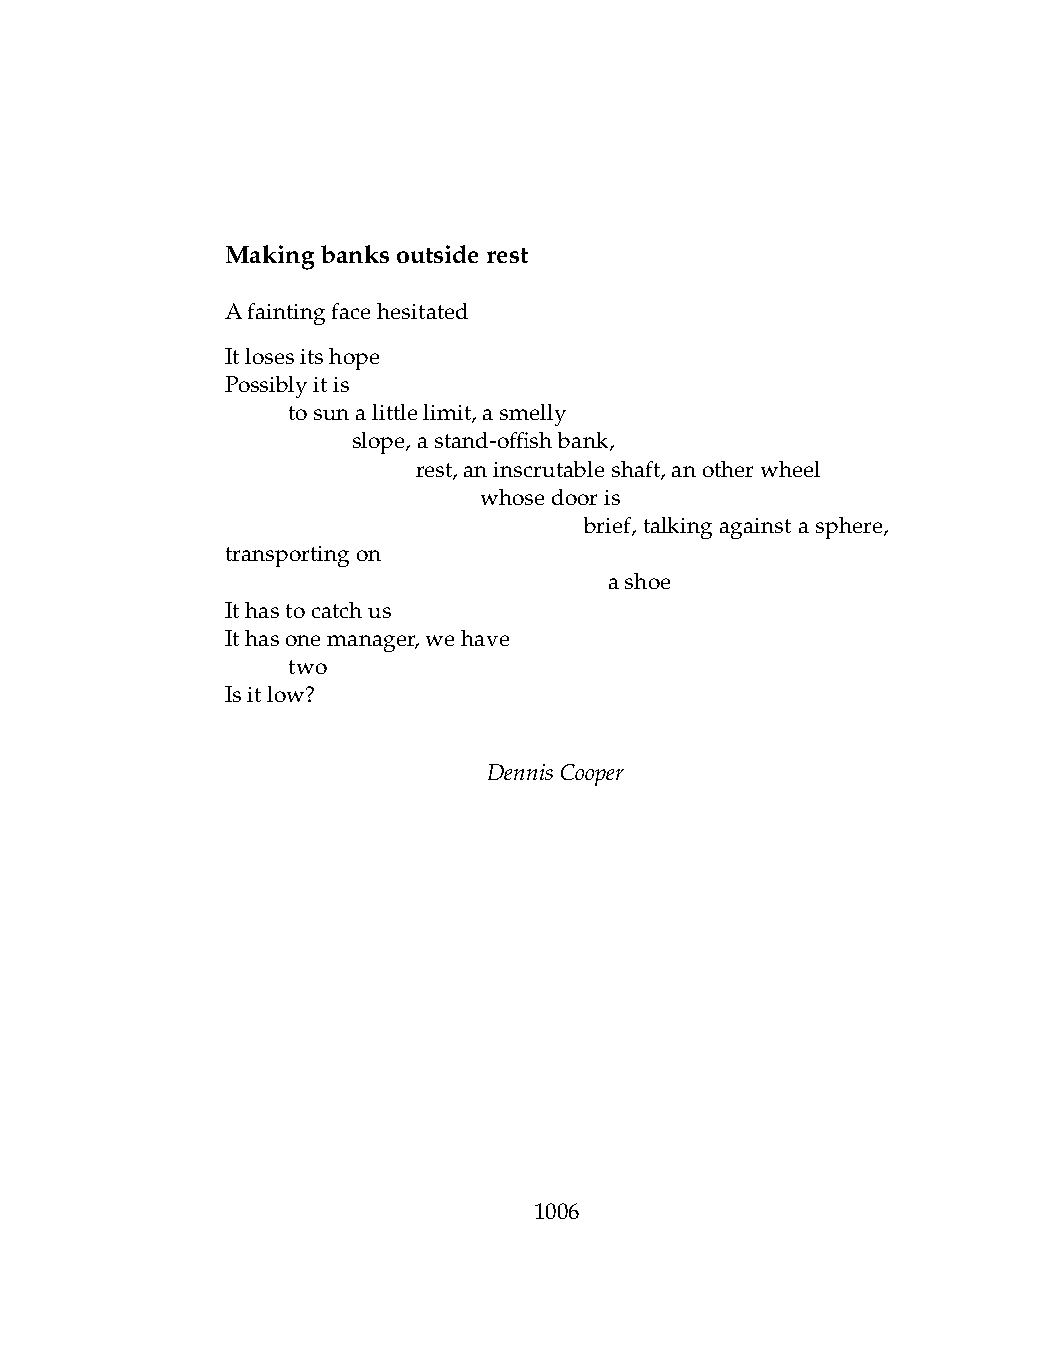
Makingbanksoutsiderest
 Afaintingfacehesitated
 Itlosesitshope
 Possiblyitis
 .   tosunalittlelimit,asmelly
 .   .   slope,astand-offishbank,
 .   .   .    rest,aninscrutableshaft,anotherwheel
 .   .   .    .   whosedooris
 .    .   .    .    .    brief, talking against a sphere,
 transportingon
 .   .   .    .   .   .   ashoe
 Ithastocatchus
 Ithasonemanager,wehave
 .   two
 Isitlow?
 DennisCooper
 1006